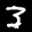
Label: 3